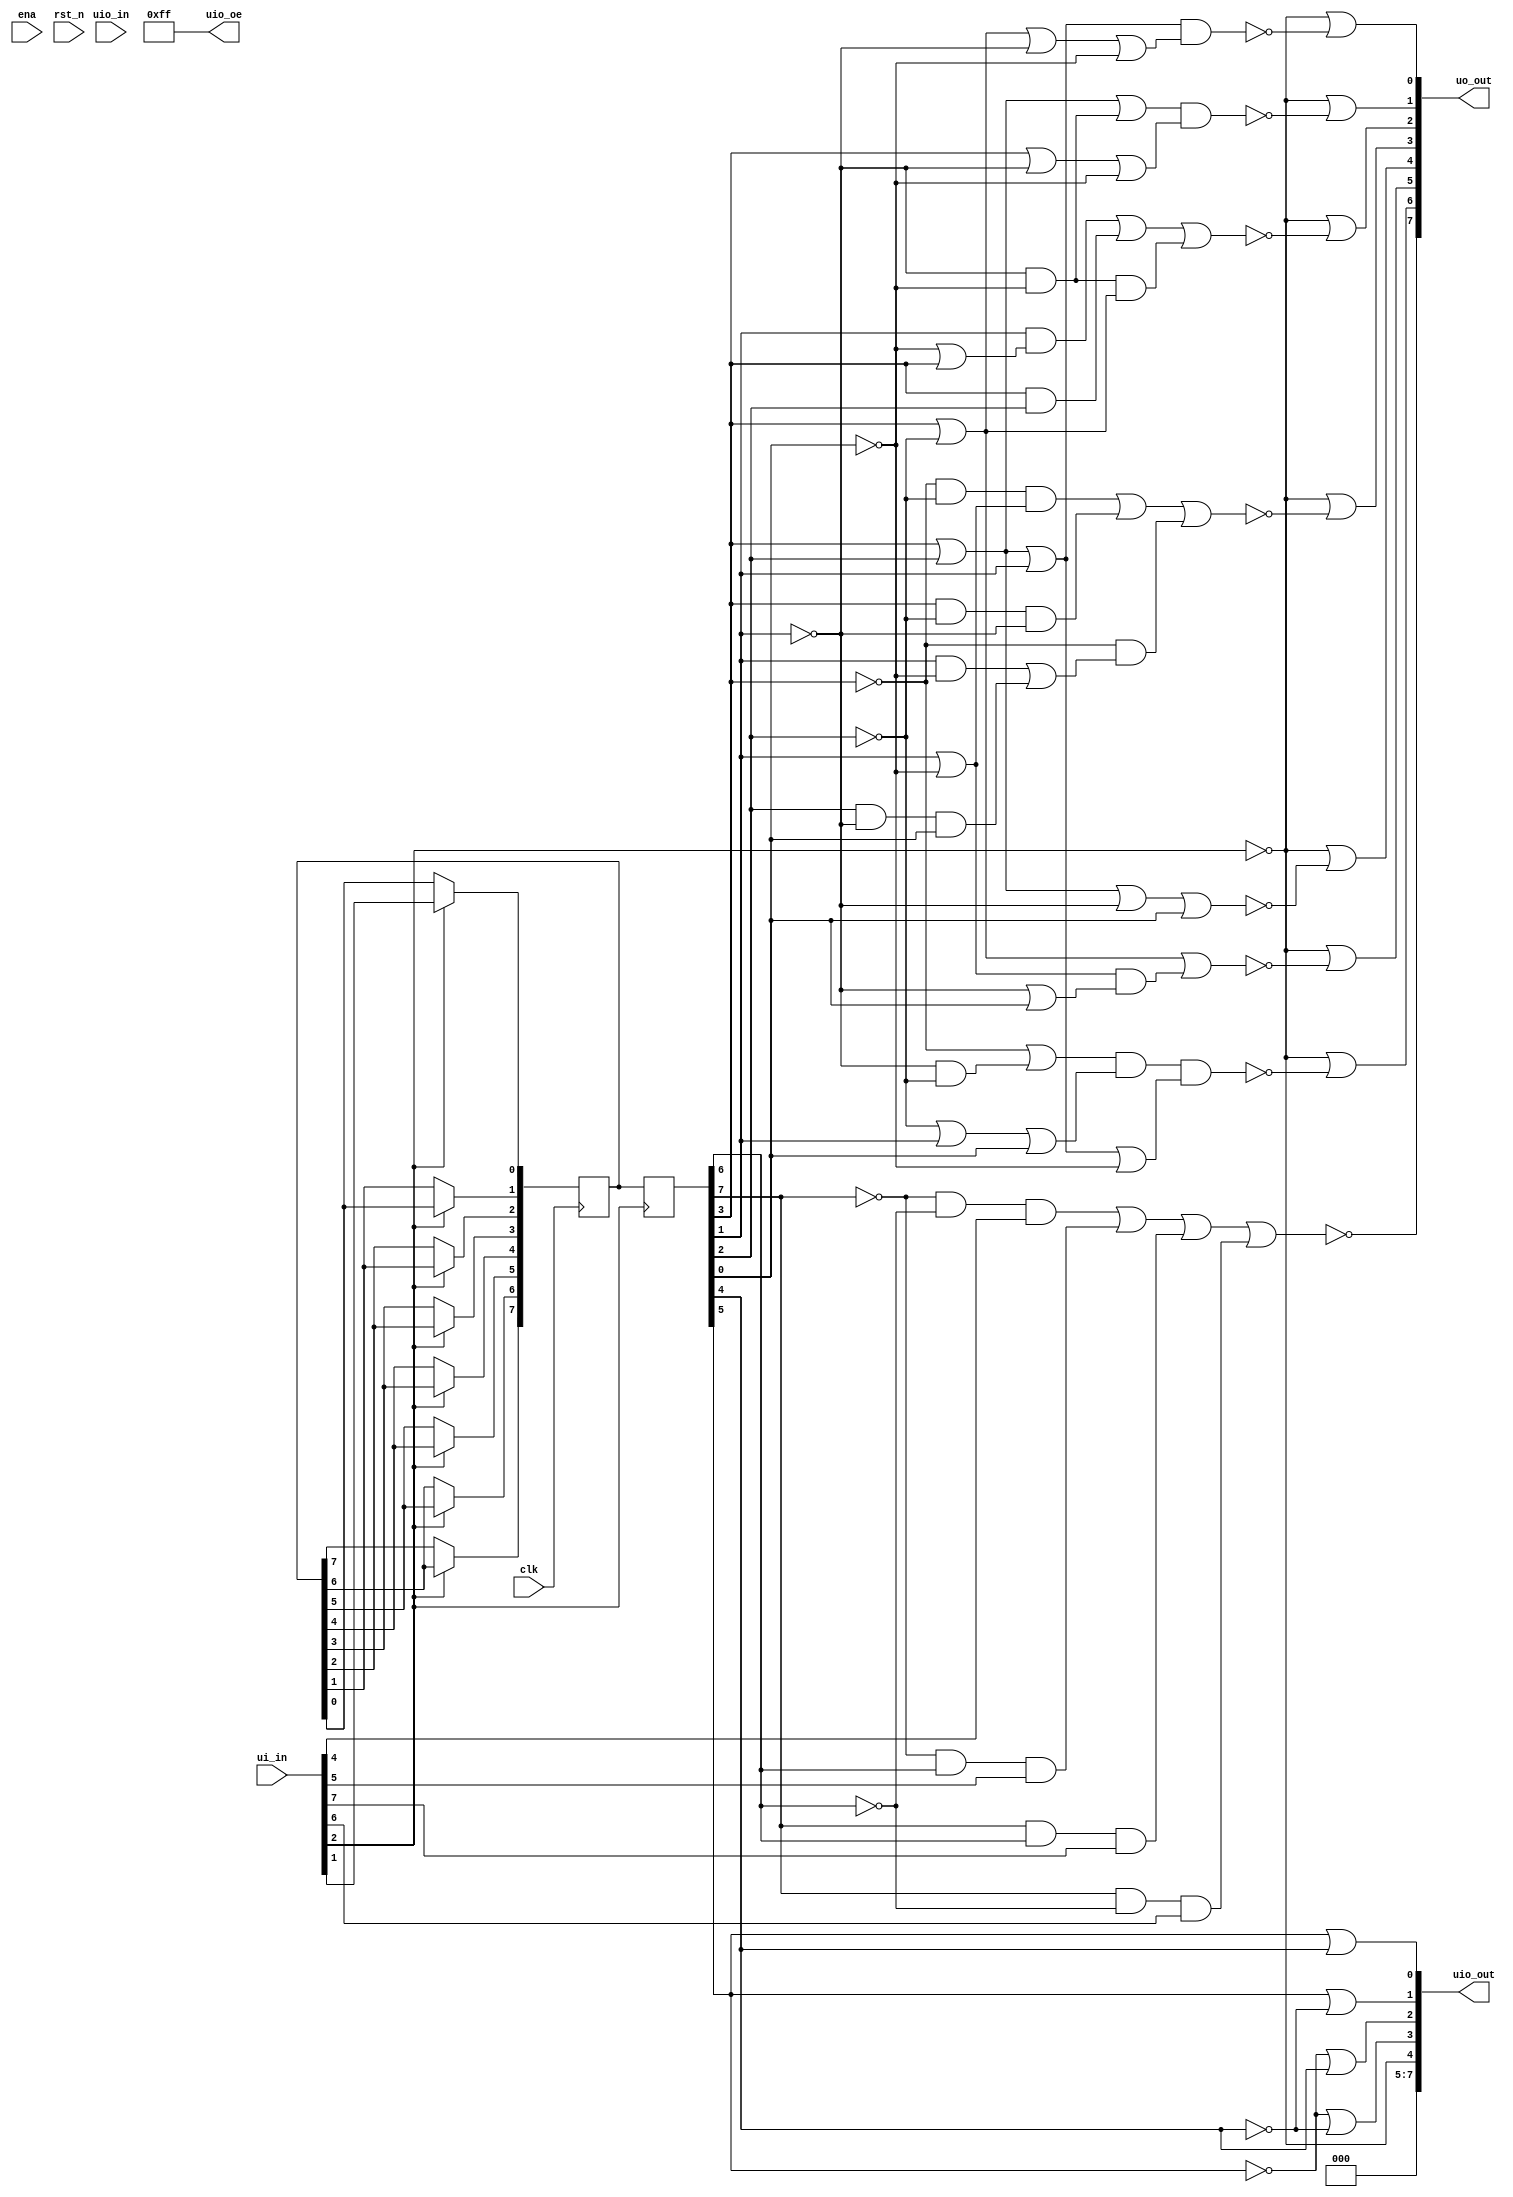
/*
 * Copyright (c) 2024 Jack Clayton
 * SPDX-License-Identifier: Apache-2.0
 */

`default_nettype none

module tt_um_JAC_EE_segdecode(
    input  wire [7:0] ui_in,    // Dedicated inputs
    output wire [7:0] uo_out,   // Dedicated outputs
    input  wire [7:0] uio_in,   // IOs: Input path
    output wire [7:0] uio_out,  // IOs: Output path
    output wire [7:0] uio_oe,   // IOs: Enable path (active high: 0=input, 1=output)
    input  wire       ena,      // always 1 when the design is powered, so you can ignore it
    input  wire       clk,      // clock
    input  wire       rst_n     // reset_n - low to reset
	
	//DEBUG
	//,output reg  [7:0] dIN, dOUT			//8 bit SPI buffer
);

  //Net type
  wire SCK, MOSI, EN, /*RESET,*/ MISO;
  wire [3:0] KeyPlxr, ScreenSel;
  wire [6:0] Out7S;
  //wire 		 HIGH_Z;			//Output used as high impedance input for external tri-state buffer
  reg  [7:0] dIN, dOUT;			//8 bit SPI buffer
  //reg		 RESET_int;			//Reset buffer to hold CPLD in reset when ISP

  // All output pins must be assigned. If not used, assign to 0.
  //assign uo_out  = ui_in + uio_in;  // Example: ou_out is the sum of ui_in and uio_in
  assign uio_out[7:5] = 0;
  assign uio_oe  = 8'hFF; //IOs used only as outputs
  
  //SPIs
  assign SCK   = clk;
  //assign SCK   = ui_in[0]; //!! Check: should be clk?
  assign MOSI  = ui_in[1];
  assign EN    = ui_in[2];
  //assign RESET = rst_n; //!! Check what this pin is allowed to be used for
  //assign RESET = ui_in[3]; //!! Check: should be rst_n?
  assign uo_out[7] = MISO;
  
  assign KeyPlxr      = ui_in[7:4]; //Keypad collumns
  assign uo_out[6:0]  = Out7S;
  assign uio_out[3:0] = ScreenSel;
  assign uio_out[4]	  = ~EN; //Used to set MISO to High Z to prevent collisions during ATMega32a ISP

  // List all unused inputs to prevent warnings
  wire _unused = &{ena, /*clk,*/ rst_n, uio_in, ui_in[3:0], 1'b0};
  
  
  //////////////////////////////////////
  integer i; 							    //Used for generating shift register
 	// Multiplexer logic
	assign MISO = ~((~dOUT[7]  & ~dOUT[6]  &  KeyPlxr[0]) 
				  | (~dOUT[7]  &  dOUT[6]  &  KeyPlxr[1]) 
				  | ( dOUT[7]  &  dOUT[6]  &  KeyPlxr[3]) 
				  | ( dOUT[7]  & ~dOUT[6]  &  KeyPlxr[2]));
	//assign HIGH_Z = RESET_int; //Used to set MISO to High Z to prevent collisions during ATMega32a ISP
	//assign MISO = RESET_int ? 1'bZ : MUX; //Used to set MISO to High Z to prevent collisions during ATMega32a ISP WARNING WILL LIKELY CAUSE ISSUES IN ASIC!!!!!!!!!!

	// Screen selection logic - Walking 0
	assign ScreenSel[0] =  dOUT[5]  |  dOUT[4];	//00
	assign ScreenSel[1] =  dOUT[5]  | ~dOUT[4];	//01
	assign ScreenSel[2] = ~dOUT[5]  |  dOUT[4];	//10
	assign ScreenSel[3] = ~dOUT[5]  | ~dOUT[4];	//11

	// 7 Segment display logic
	/*A*/assign Out7S[6] = ~EN | (~((~dOUT[3] | (~dOUT[1] & ~dOUT[2])) & (~dOUT[2] | dOUT[1] | dOUT[0]) & (dOUT[3] | dOUT[2] | dOUT[1] | ~dOUT[0])));
	/*B*/assign Out7S[5] = ~EN | (~((dOUT[3] | ~dOUT[2]) | ((dOUT[1] | ~dOUT[0]) & (~dOUT[1] | dOUT[0]))));
	/*C*/assign Out7S[4] = ~EN | (~((dOUT[3] | dOUT[2] | ~dOUT[1] | dOUT[0])));
	/*D*/assign Out7S[3] = ~EN | (~(((~dOUT[3] & ~dOUT[2]) & (dOUT[1] | ~dOUT[0])) | (dOUT[3] & ~dOUT[2] & ~dOUT[1]) | (~dOUT[3] & ((dOUT[1] & ~dOUT[0]) | (dOUT[2] & ~dOUT[1] & dOUT[0])))));
	/*E*/assign Out7S[2] = ~EN | (~((dOUT[1] & (~dOUT[0] | dOUT[3])) | (dOUT[3] & dOUT[2]) | ((~dOUT[1] & ~dOUT[0]) & (dOUT[3] | ~dOUT[2]))));
	/*F*/assign Out7S[1] = ~EN | (~(((dOUT[3] | dOUT[2]) | (~dOUT[1] & ~dOUT[0])) & (dOUT[3] | ~dOUT[1] | ~dOUT[0])));
	/*G*/assign Out7S[0] = ~EN | (~((dOUT[3] | dOUT[2] | dOUT[1]) & (dOUT[3] | ~dOUT[2] | ~dOUT[1] | ~dOUT[0])));

	always @(posedge SCK) begin//SPI clock in
		if (EN) begin
			//Generate D shift register - Telling synthesiser to copy this Verilog over and over.
				dIN[0] <= MOSI;
			for (i = 0; i < 7; i = i + 1) begin
				dIN[i+1] <= dIN[i];
			end
		end
	end

	always @(negedge EN)begin //Move input buffer into output
			dOUT <= dIN;
	end

endmodule